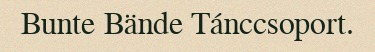
Bunte Bände Tánccsoport.